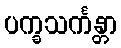
ပက္ခသင်္ကန္တာ